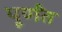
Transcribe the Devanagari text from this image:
पूर्णँत